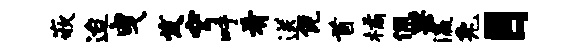
嵌迨曳发穹吁肴送倪首橘佩果瀛兔目